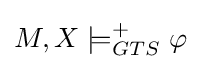
M,X\models _{GTS}^{+}\varphi